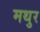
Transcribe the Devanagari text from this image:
मथुर